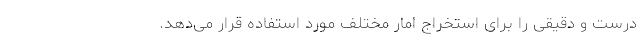
درست و دقیقی را برای استخراج امار مختلف مورد استفاده قرار می‌دهد.